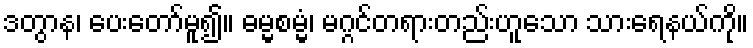
ဒတွာန၊ ပေးတော်မူ၍။ ဓမ္မစမ္မံ၊ မဂ္ဂင်တရားတည်းဟူသော သားရေနယ်ကို။